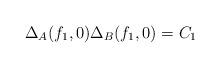
LaTeX: \begin{align*}\Delta_A (f_1,0) \Delta_B (f_1,0) = C_1\end{align*}